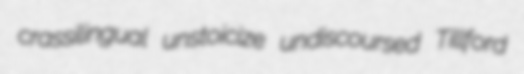
crassilingual unstoicize undiscoursed Tillford